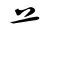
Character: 艹